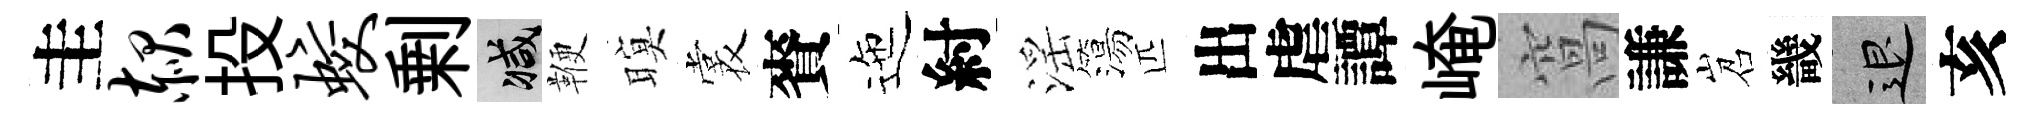
圭赧投蛟剰减鞭暝裳賚迤紂滛簜匹出虐譚崦窩謙岧畿退亥